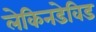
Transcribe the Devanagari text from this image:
लेकिनडेविड